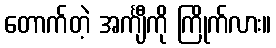
တောက်တဲ့ အင်္ကျီကို ကြိုက်လား။